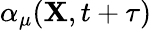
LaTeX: \alpha_{\mu}({\mathbf X},t+\tau)